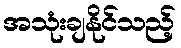
အသုံးချနိုင်သည့်